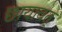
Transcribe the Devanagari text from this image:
छायावत्‌